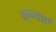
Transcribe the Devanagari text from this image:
कन्‍याएं